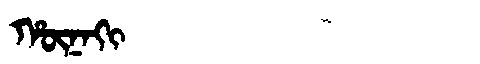
Manchu: ᡥᡡᠨᠠᡴᡳ
Romanization: HŪNAKI